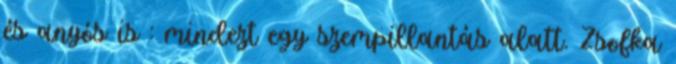
és anyós is : mindezt egy szempillantás alatt. Zsofka